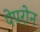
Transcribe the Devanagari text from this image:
पेपरोन